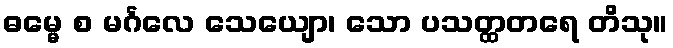
ဓမ္မေ စ မင်္ဂလေ သေယျော၊ သော ပသတ္ထတရေ တိသု။